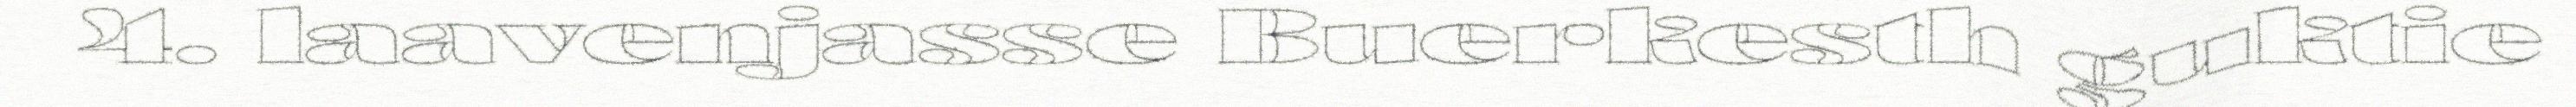
4. laavenjasse Buerkesth guktie